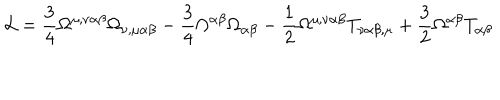
LaTeX: { \cal L } = \frac { 3 } { 4 } \Omega ^ { \mu , \nu \alpha \beta } \Omega _ { \nu , \mu \alpha \beta } - \frac { 3 } { 4 } \Omega ^ { \alpha \beta } \Omega _ { \alpha \beta } - \frac { 1 } { 2 } \Omega ^ { \mu , \nu \alpha \beta } T _ { \nu \alpha \beta , \mu } + \frac { 3 } { 2 } \Omega ^ { \alpha \beta } T _ { \alpha \beta }